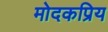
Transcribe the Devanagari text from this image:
मोदकप्रिय